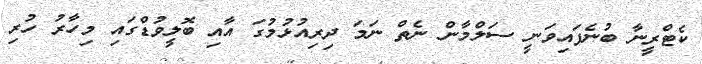
ކެޓްރީނާ ބުނެފައިވަނީ ސަލްމާން ނެތް ނަމަ ދިރިއުޅުމުގަ އާއި ބޮލީވުޑްގައި މިހާރު ހުރި